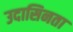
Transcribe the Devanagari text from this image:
उदासिनता